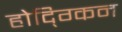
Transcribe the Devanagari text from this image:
होद्ग्किन